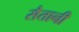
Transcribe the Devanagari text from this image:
सैतानी